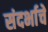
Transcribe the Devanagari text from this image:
संदर्भाचे